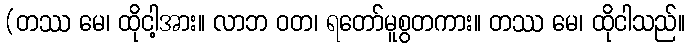
(တဿ မေ၊ ထိုငါ့အား။ လာဘ ဝတ၊ ရတော်မူစွတကား။ တဿ မေ၊ ထိုငါသည်။